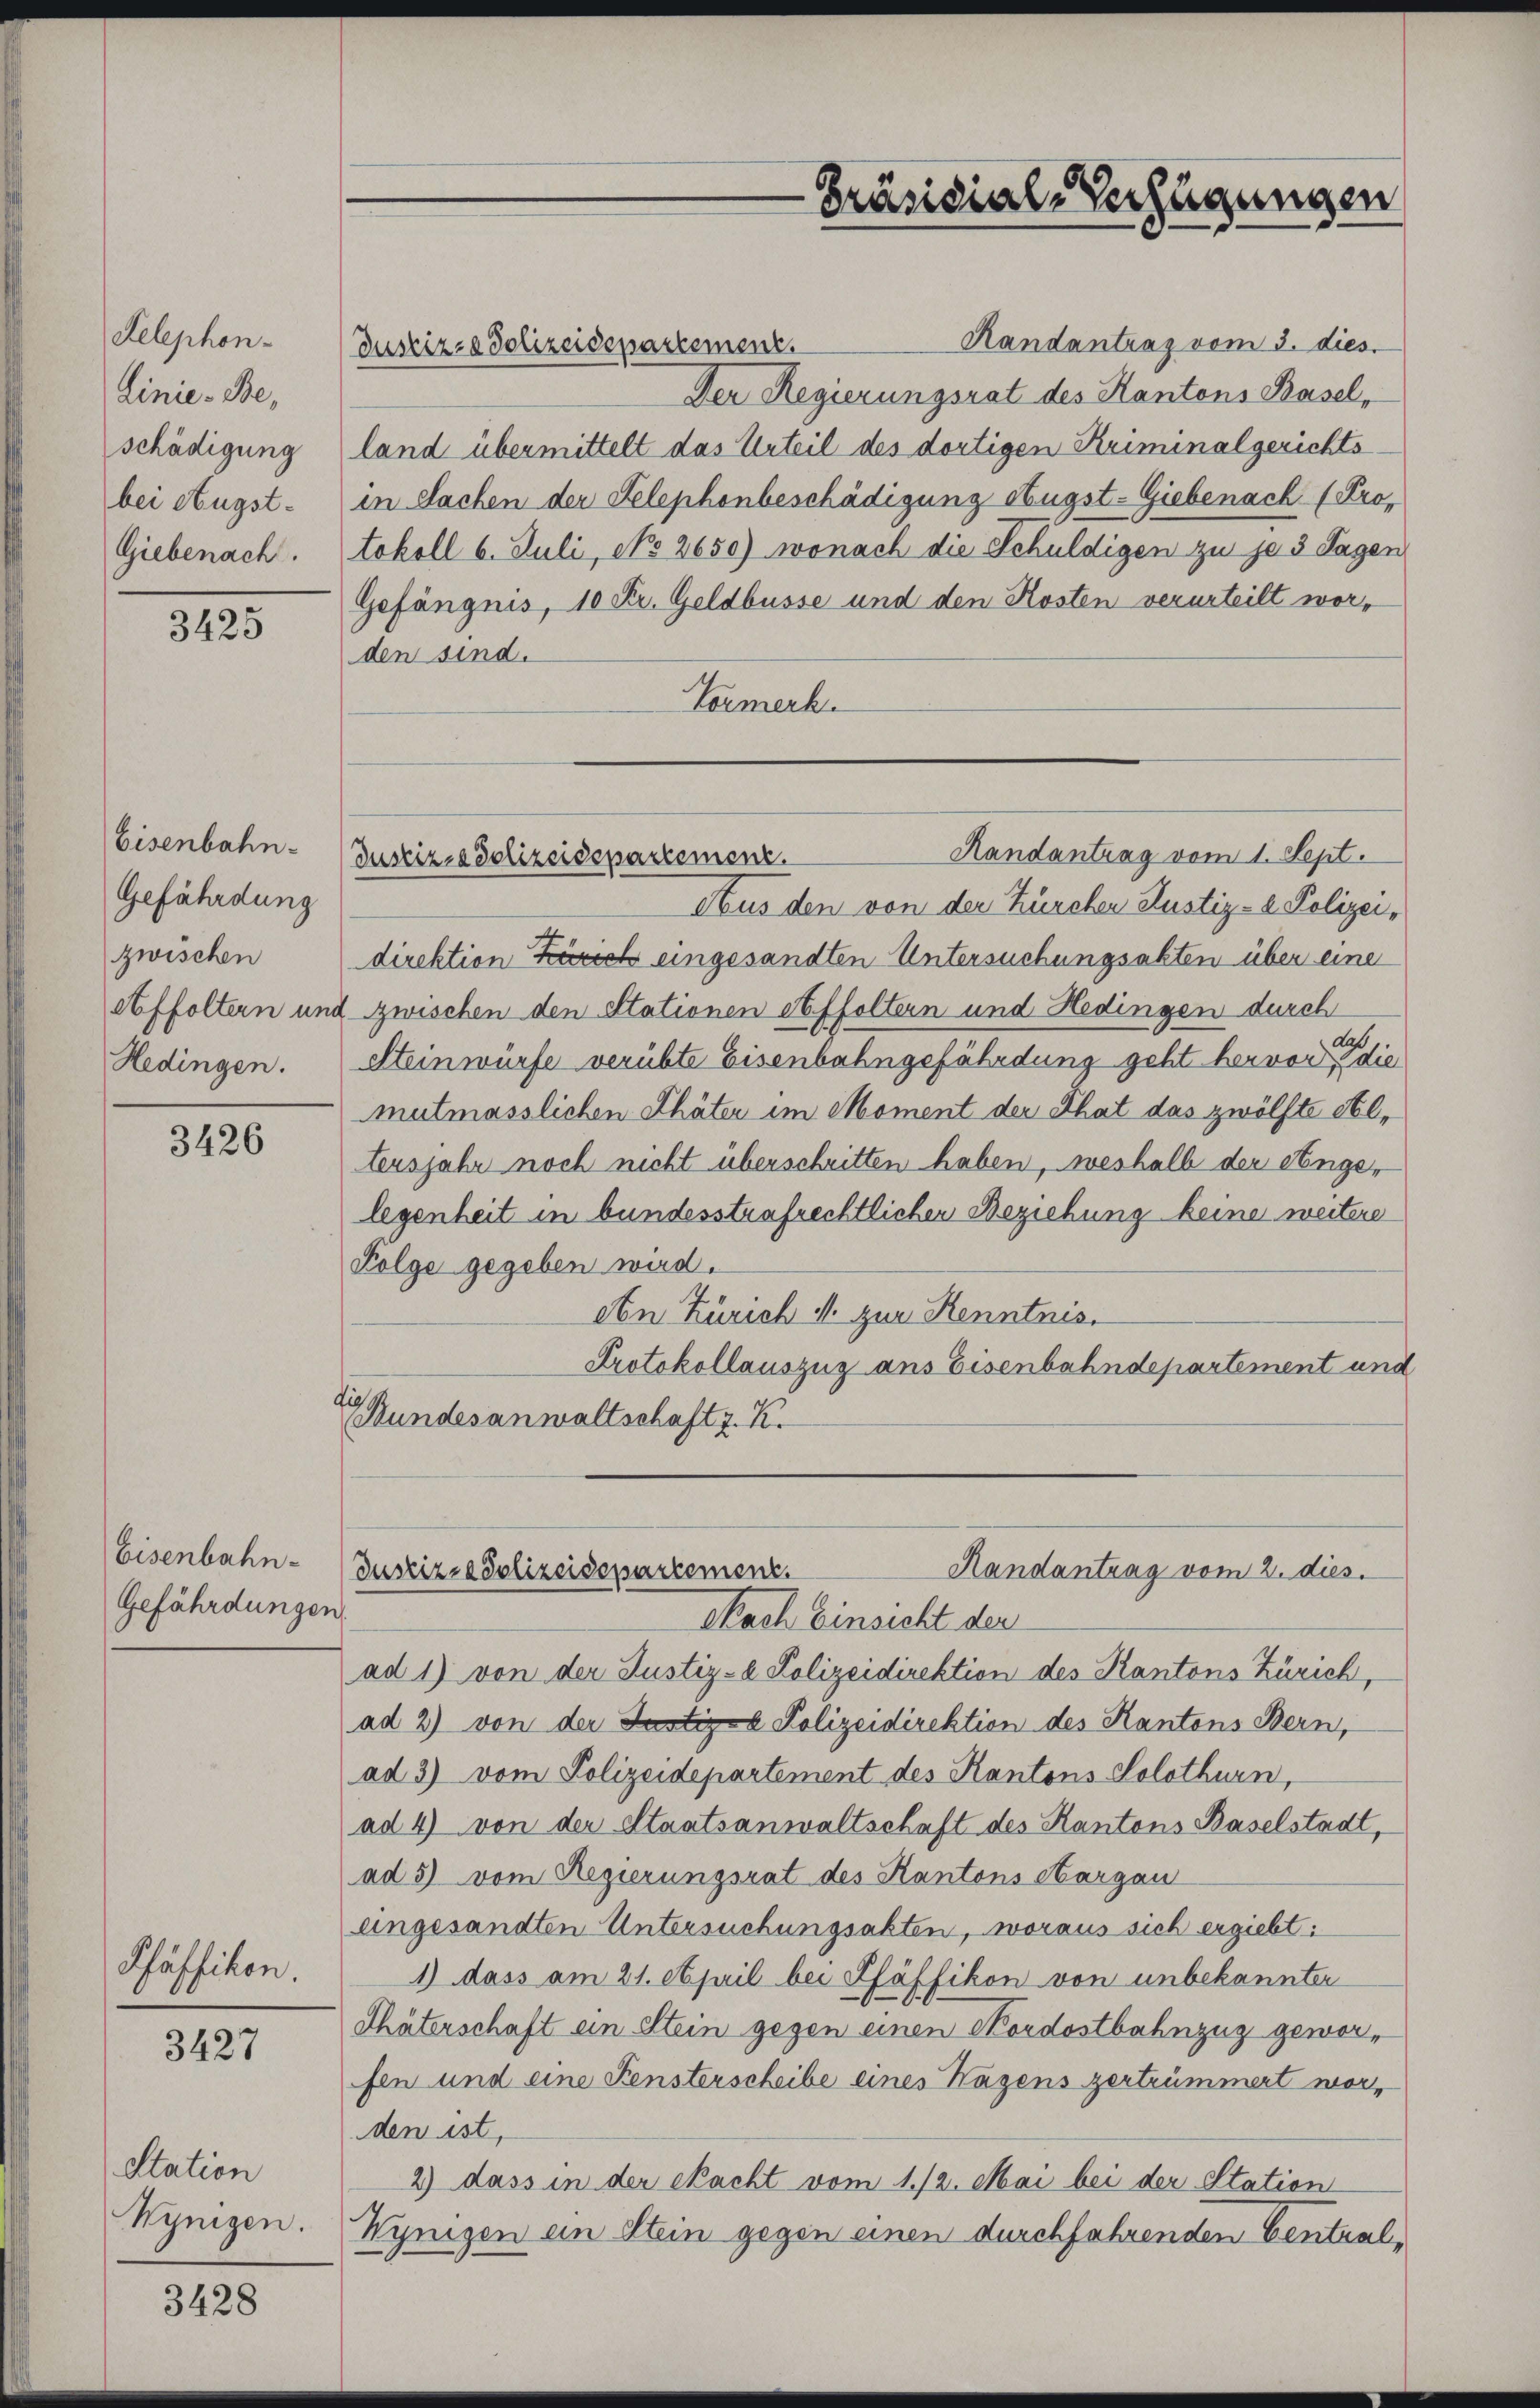
Kelephon-
Linie Beschädigung
bei Augst¬
Giebenach.

3425

Eisenbahn-
Gefährdung
zwischen
Hedingen.

3426

Eisenbahn-
Gefährdungen.

Pfäffikon.
3427

Station
Wynigen.

3428

Randantrag vom 3. dies
Justiz- & Polizeidepartement.
Der Regierungsrat des Kantons Basel,
land übermittelt das Urteil des dortigen Kriminalgerichts
in Sachen der Telephonbeschädigung Augst-Giebenach (Protokoll 6. Juli, No 2650) wonach die Schuldigen zu je 3 Tagen
Gefängnis, 10 Fr. Geldbusse und den Kosten verurteilt worden sind.
Vormerk.

Aus den von der Zürcher Justiz- & Polizeidirektion Zürich eingesandten Untersuchungsakten über eine
Affoltern und zwischen den Stationen Affoltern und Hedingen durch
daß.
Steinwürfe verübte Eisenbahngefährdung geht hervor, die
mutmasslichen Thäter im Moment der That das zwölfte Altersjahr noch nicht überschritten haben, weshalb der Angelegenheit in bundesstrafrechtlicher Beziehung keine weitere
Folge gegeben wird.
Abn Zürich M. zur Kenntnis.
Protokollauszug aus Eisenbahndepartement und
fie
Bundesanwaltschaft z. K.

Präsidial-Verfügungen

Randantrag vom 1. Sept.
Justiz- & Polizeidepartement.

Handantrag vom 2. dies
Justiz-Polizeidepartement.
Nach Einsicht der

ad 1) von der Justiz- & Polizeidirektion des Kantons Zürich,
ad 2) von der Justiz- Polizeidirektion des Kantons Bern,
ad 3) vom Polizeidepartement des Kantons Solothurn,
ad 4) von der Staatsanwaltschaft des Kantons Baselstadt,
ad 5) vom Regierungsrat des Kantons Aargau
eingesandten Untersuchungsakten, woraus sich ergiebt:
1) dass am 21. April bei Pfäffikon von unbekannter
Thäterschaft ein Stein gegen einen Nordostbahnzug geworfen und eine Fensterscheibe eines Wagens zertrümmert worden ist,
2) dass in der Nacht vom 1./2. Mai bei der Station
Wynigen an Stein gegen einen durchfahrenden Central¬